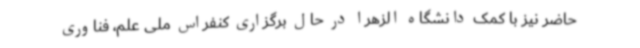
حاضر نیز با کمک دانشگاه الزهرا در حال برگزاری کنفراس ملی علم، فناوری